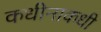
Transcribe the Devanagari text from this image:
कधीनाकधी